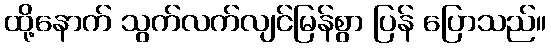
ထို့နောက် သွက်လက်လျင်မြန်စွာ ပြန် ပြောသည်။